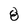
Character: 8